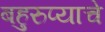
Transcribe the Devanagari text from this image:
बहुरुप्याचे